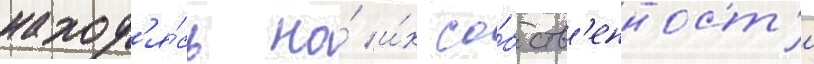
наход'я́сь на́ и́х со́бств'енност'и